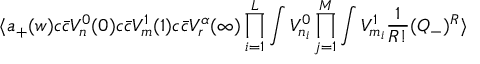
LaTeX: \langle a _ { + } ( w ) c { \bar { c } } V _ { n } ^ { 0 } ( 0 ) c { \bar { c } } V _ { m } ^ { 1 } ( 1 ) c { \bar { c } } V _ { r } ^ { \alpha } ( \infty ) \prod _ { i = 1 } ^ { L } \int V _ { n _ { i } } ^ { 0 } \prod _ { j = 1 } ^ { M } \int V _ { m _ { i } } ^ { 1 } { \frac { 1 } { R ! } } ( Q _ { - } ) ^ { R } \rangle